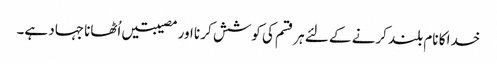
خدا کا نام بلند کرنے کے لئے ہر قسم کی کوشش کر نا اور مصیبتیں اُٹھانا جہاد ہے۔